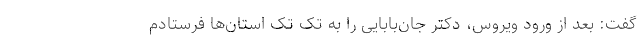
گفت: بعد از ورود ویروس، دکتر جان‌بابایی را به تک تک استان‌ها فرستادم